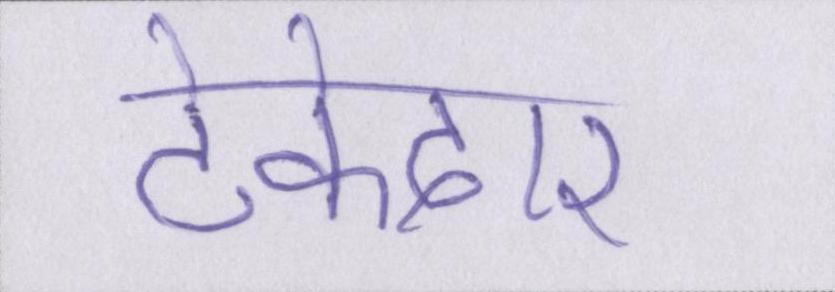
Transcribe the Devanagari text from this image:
ठेकेदार